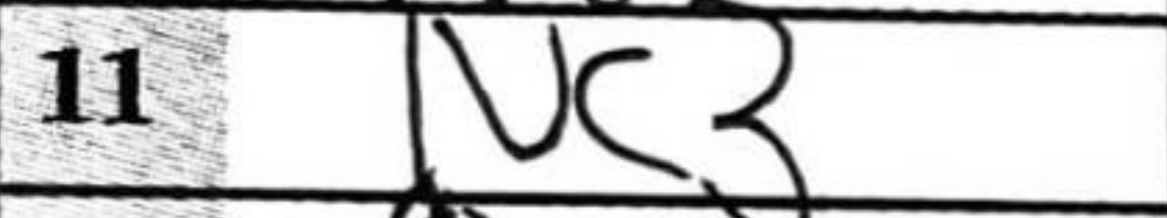
Transcription: Nc3